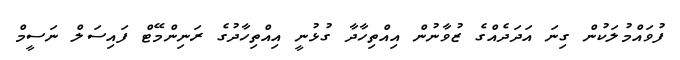
ފުވައްމުލަކުން ގިނަ އަދަދެއްގެ ޒުވާނުން އިއްތިހާދާ ގުޅުނީ އިއްތިހާދުގެ ރަނިންމޭޓް ފައިސަލް ނަސީމް